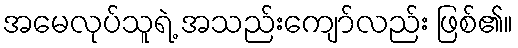
အမေလုပ်သူရဲ့ အသည်းကျော်လည်း ဖြစ်၏။